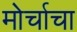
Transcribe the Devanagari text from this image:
मोर्चाचा